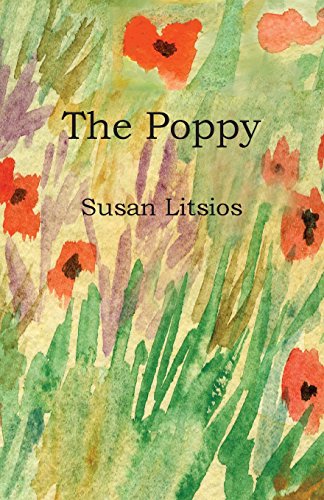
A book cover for The Poppy; Susan Litsios; Crafts, Hobbies & Home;